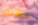
ذهبي